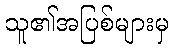
သူ၏အပြစ်များမှ